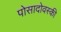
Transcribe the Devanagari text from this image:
पोसादोवस्की